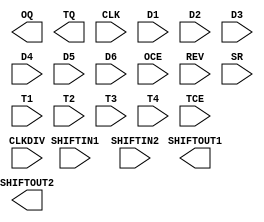
///////////////////////////////////////////////////////////////////////////////
// Copyright (c) 1995/2015 Xilinx, Inc.
// All Right Reserved.
///////////////////////////////////////////////////////////////////////////////
//   ____  ____
//  /   /\/   /
// /___/  \  /    Vendor : Xilinx
// \   \   \/     Version : 2015.4
//  \   \         Description : Xilinx Formal Library Component
//  /   /                  Source Synchronous Output Serializer
// /___/   /\     Filename : OSERDES.v
// \   \  /  \
//  \___\/\___\
//
///////////////////////////////////////////////////////////////////////////////
// Revision:
//    03/23/04 - Initial version.
// End Revision
///////////////////////////////////////////////////////////////////////////////

`timescale  1 ps / 1 ps

`celldefine

module OSERDES (OQ, SHIFTOUT1, SHIFTOUT2, TQ,
      CLK, CLKDIV, D1, D2, D3, D4, D5, D6, OCE, REV, SHIFTIN1, SHIFTIN2, SR, T1, T2, T3, T4, TCE);

    parameter DATA_RATE_OQ = "DDR";
    parameter DATA_RATE_TQ = "DDR";
    parameter integer DATA_WIDTH = 4;
    parameter [0:0] INIT_OQ = 1'b0;
    parameter [0:0] INIT_TQ = 1'b0;
    parameter SERDES_MODE = "MASTER";
    parameter [0:0] SRVAL_OQ = 1'b0;
    parameter [0:0] SRVAL_TQ = 1'b0;
    parameter integer TRISTATE_WIDTH = 4;

`ifdef XIL_TIMING //Simprim
 
  parameter LOC = "UNPLACED";

`endif
    
    output OQ;
    output SHIFTOUT1;
    output SHIFTOUT2;
    output TQ;
    
    input CLK;
    input CLKDIV;
    input D1;
    input D2;
    input D3;
    input D4;
    input D5;
    input D6;
    input OCE;
    input REV;
    input SHIFTIN1;
    input SHIFTIN2;
    input SR;
    input T1;
    input T2;
    input T3;
    input T4;
    input TCE;

endmodule

`endcelldefine